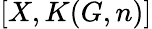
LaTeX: [X,K(G,n)]